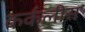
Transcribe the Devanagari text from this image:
कर्कलीस